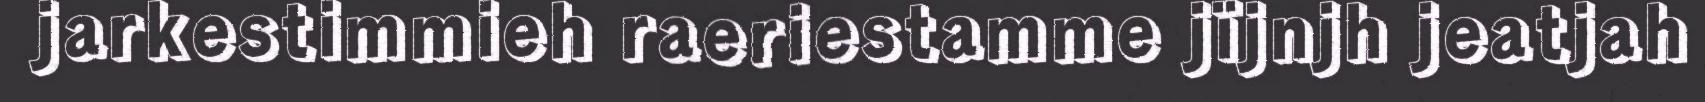
jarkestimmieh raeriestamme jïjnjh jeatjah